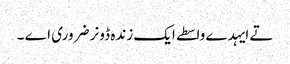
تے ایہدے واسطے ایک زندہ ڈونر ضروری اے ۔